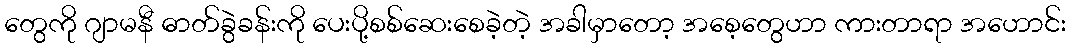
တွေကို ဂျာမနီ ဓာတ်ခွဲခန်းကို ပေးပို့စစ်ဆေးစေခဲ့တဲ့ အခါမှာတော့ အစေ့တွေဟာ ကားတာရာ အဟောင်း